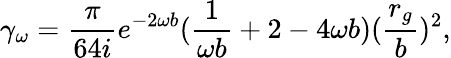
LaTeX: \gamma_{\omega}=\frac{\pi}{64i}e^{-2\omega b}(\frac{1}{\omega b}+2-4\omega b)(\frac{r_{g}}{b})^{2},